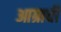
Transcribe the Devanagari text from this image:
आग्राची